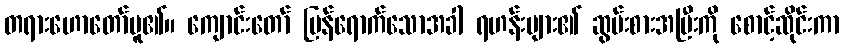
တရားဟောတော်မူ၏။ ကျောင်းတော် ပြန်ရောက်သောအခါ ရဟန်းများ၏ ဆွမ်းစားအပြီးကို စောင့်ဆိုင်းကာ